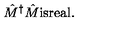
\hat { M } ^ { \dagger } \hat { M } \mathrm { i s r e a l } .